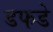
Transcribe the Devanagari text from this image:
डफडे